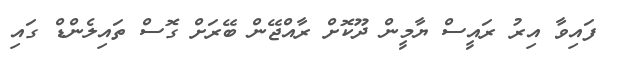
ފައިވާ އިރު ރައީސް ޔާމީން ދޫކޮށް ރާއްޖޭން ބޭރަށް ގޮސް ތައިލެންޑް ގައި